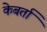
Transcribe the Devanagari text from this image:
केबर्ता